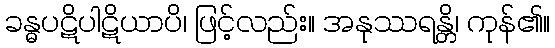
ခန္ဓပဋိပါဋိယာပိ၊ ဖြင့်လည်း။ အနုဿရန္တိ၊ ကုန်၏။